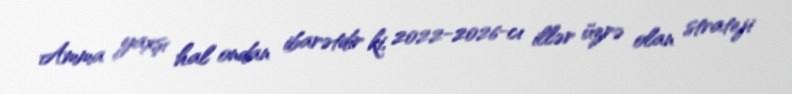
Amma yaxşı hal ondan ibarətdir ki, 2022-2026-cı illər üzrə olan strateji